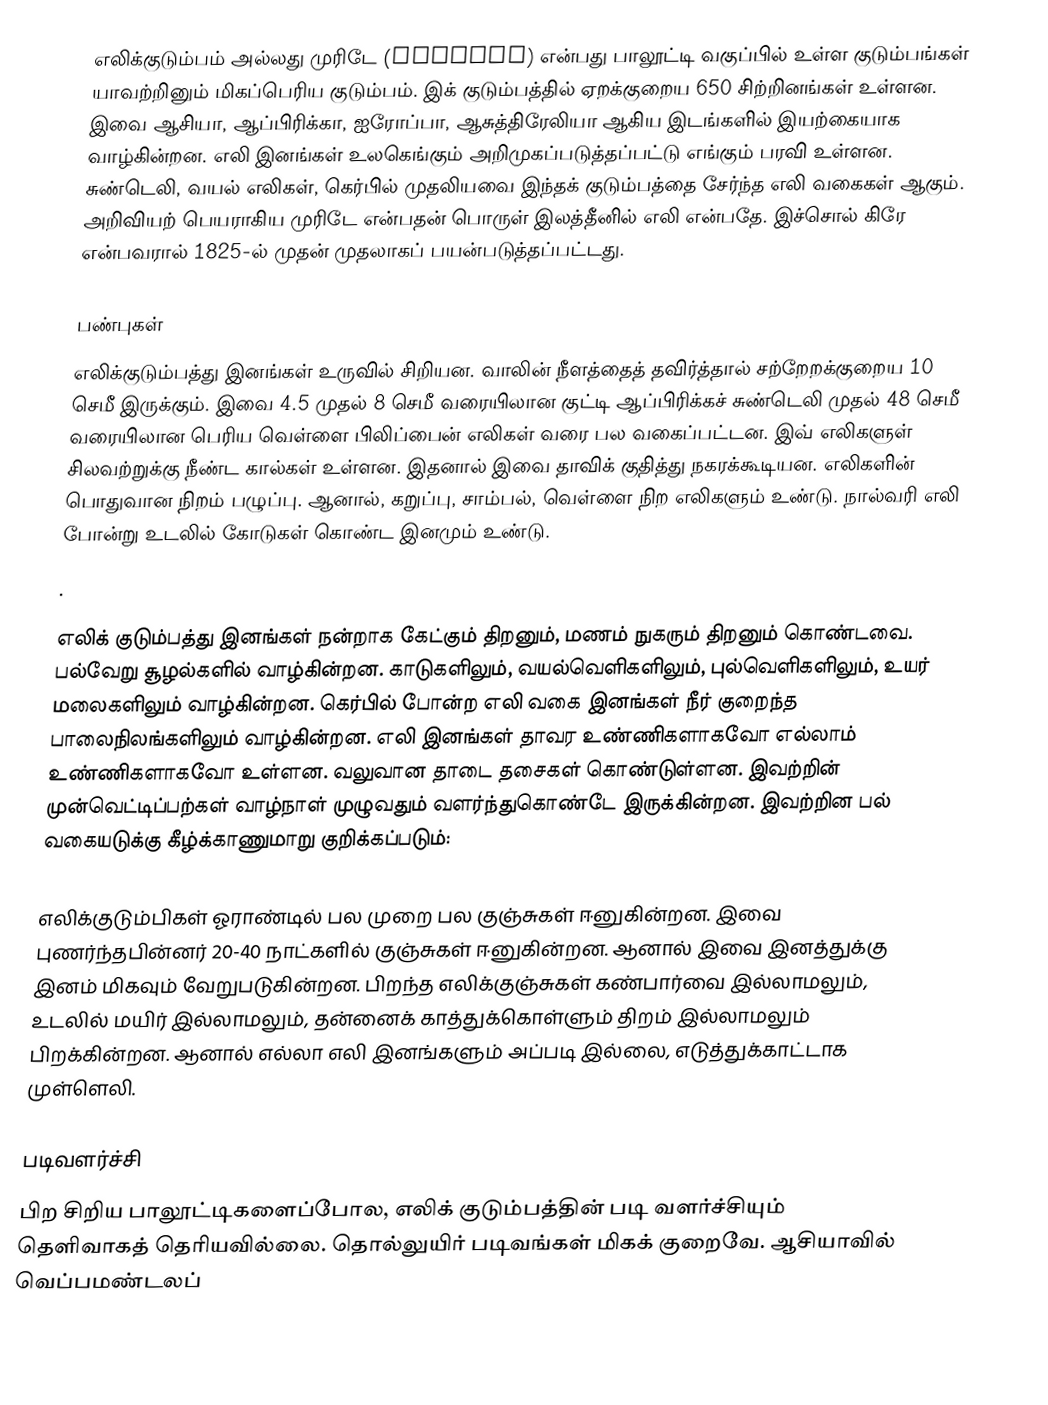
எலிக்குடும்பம் அல்லது முரிடே (Muridae) என்பது பாலூட்டி வகுப்பில் உள்ள குடும்பங்கள் யாவற்றினும் மிகப்பெரிய குடும்பம். இக் குடும்பத்தில் ஏறக்குறைய 650 சிற்றினங்கள் உள்ளன. இவை ஆசியா, ஆப்பிரிக்கா, ஐரோப்பா, ஆசுத்திரேலியா ஆகிய இடங்களில் இயற்கையாக வாழ்கின்றன. எலி இனங்கள் உலகெங்கும் அறிமுகப்படுத்தப்பட்டு எங்கும் பரவி உள்ளன. சுண்டெலி, வயல் எலிகள், கெர்பில் முதலியவை இந்தக் குடும்பத்தை சேர்ந்த எலி வகைகள் ஆகும். அறிவியற் பெயராகிய முரிடே என்பதன் பொருள் இலத்தீனில் எலி என்பதே. இச்சொல் கிரே என்பவரால் 1825-ல் முதன் முதலாகப் பயன்படுத்தப்பட்டது.

பண்புகள்
எலிக்குடும்பத்து இனங்கள் உருவில் சிறியன. வாலின் நீளத்தைத் தவிர்த்தால் சற்றேறக்குறைய 10 செமீ இருக்கும். இவை 4.5 முதல் 8 செமீ வரையிலான குட்டி ஆப்பிரிக்கச் சுண்டெலி முதல் 48 செமீ வரையிலான பெரிய வெள்ளை பிலிப்பைன் எலிகள் வரை பல வகைப்பட்டன. இவ் எலிகளுள் சிலவற்றுக்கு நீண்ட கால்கள் உள்ளன. இதனால் இவை தாவிக் குதித்து நகரக்கூடியன. எலிகளின் பொதுவான நிறம் பழுப்பு. ஆனால், கறுப்பு, சாம்பல், வெள்ளை நிற எலிகளும் உண்டு. நால்வரி எலி போன்று உடலில் கோடுகள் கொண்ட இனமும் உண்டு.
.

எலிக் குடும்பத்து இனங்கள் நன்றாக கேட்கும் திறனும், மணம் நுகரும் திறனும் கொண்டவை. பல்வேறு சூழல்களில் வாழ்கின்றன. காடுகளிலும், வயல்வெளிகளிலும், புல்வெளிகளிலும், உயர் மலைகளிலும் வாழ்கின்றன. கெர்பில் போன்ற எலி வகை இனங்கள் நீர் குறைந்த பாலைநிலங்களிலும் வாழ்கின்றன. எலி இனங்கள் தாவர உண்ணிகளாகவோ எல்லாம் உண்ணிகளாகவோ உள்ளன. வலுவான தாடை தசைகள் கொண்டுள்ளன. இவற்றின் முன்வெட்டிப்பற்கள் வாழ்நாள் முழுவதும் வளர்ந்துகொண்டே இருக்கின்றன. இவற்றின பல் வகையடுக்கு கீழ்க்காணுமாறு குறிக்கப்படும்:

எலிக்குடும்பிகள் ஓராண்டில் பல முறை பல குஞ்சுகள் ஈனுகின்றன. இவை புணர்ந்தபின்னர் 20-40 நாட்களில் குஞ்சுகள் ஈனுகின்றன. ஆனால் இவை இனத்துக்கு இனம் மிகவும் வேறுபடுகின்றன. பிறந்த எலிக்குஞ்சுகள் கண்பார்வை இல்லாமலும், உடலில் மயிர் இல்லாமலும், தன்னைக் காத்துக்கொள்ளும் திறம் இல்லாமலும் பிறக்கின்றன. ஆனால் எல்லா எலி இனங்களும் அப்படி இல்லை, எடுத்துக்காட்டாக முள்ளெலி.

படிவளர்ச்சி
பிற சிறிய பாலூட்டிகளைப்போல, எலிக் குடும்பத்தின் படி வளர்ச்சியும் தெளிவாகத் தெரியவில்லை. தொல்லுயிர் படிவங்கள் மிகக் குறைவே. ஆசியாவில் வெப்பமண்டலப்